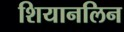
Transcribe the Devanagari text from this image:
शियानलिन